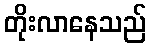
တိုးလာနေသည်